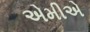
એમીએ